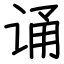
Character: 诵